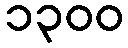
၁၃၀၀